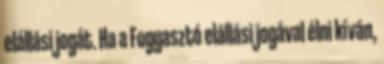
elállási jogát. Ha a Fogyasztó elállási jogával élni kíván,